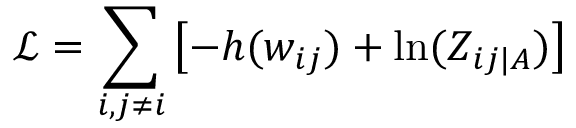
\mathcal { L } = \sum _ { i , j \neq i } \left[ - h ( w _ { i j } ) + \ln ( Z _ { i j | A } ) \right]